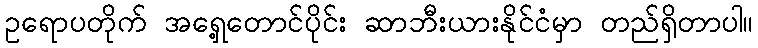
ဥရောပတိုက် အရှေ့တောင်ပိုင်း ဆာဘီးယားနိုင်ငံမှာ တည်ရှိတာပါ။